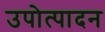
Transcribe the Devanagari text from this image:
उपोत्पादन